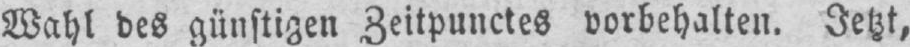
Wahl des günstigen Zeitpunctes vorbehalten. Jetzt,